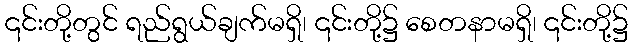
၎င်းတို့တွင် ရည်ရွယ်ချက်မရှိ၊ ၎င်းတို့၌ စေတနာမရှိ၊ ၎င်းတို့၌